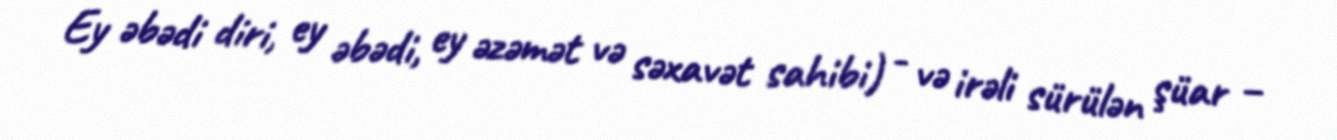
Ey əbədi diri, ey əbədi, ey əzəmət və səxavət sahibi) - və irəli sürülən şüar –